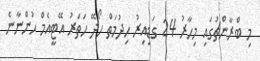
މި ބްރާންޗުގައި މިހާރު 24 ގަޑިއިރު ހިދުމަތް ހޯދޭ ހަތަރު އޭޓީއެމް ހުންނާނެ